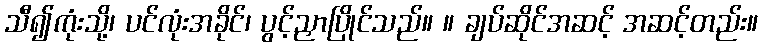
သီ၍ကုံးသို့၊ ပင်လုံးအခိုင်၊ ပွင့်ညှာပြိုင်သည်။ ။ ချပ်ဆိုင်အဆင့် အဆင့်တည်း။